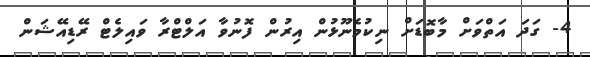
4- ގަދަ އަތްވަށް މާބޮޑަށް ނިކުމެނޫޅުން އިރުން ފޮނުވާ އަލްޓްރާ ވައިލެޓް ރޭޑިއޭޝަން